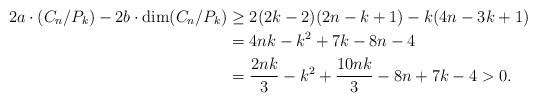
LaTeX: \begin{align*} 2a\cdot (C_n/P_k) - 2b\cdot \dim(C_n/P_k) & \geq 2(2k-2)(2n-k+1) - k (4n-3k+1) \\ & = 4nk-k^2+7k-8n-4 \\ & =\frac{2nk}{3}-k^2 + \frac{10nk}{3} - 8n +7k-4 >0. \end{align*}